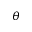
\theta